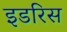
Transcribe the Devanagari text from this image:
इडरिस